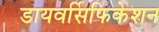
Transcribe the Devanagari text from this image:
डायवर्सिफिकेशन